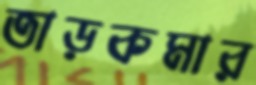
তাড়কমার